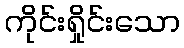
ကိုင်းရှိုင်းသော